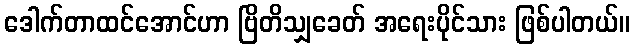
ဒေါက်တာထင်အောင်ဟာ ဗြိတိသျှခေတ် အရေးပိုင်သား ဖြစ်ပါတယ်။